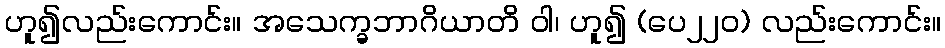
ဟူ၍လည်းကောင်း။ အသေက္ခဘာဂိယာတိ ဝါ၊ ဟူ၍ (ပေ၂၂၀) လည်းကောင်း။